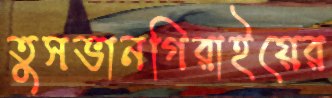
তুসভানগিরাইয়ের